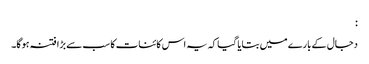
:
دجال کے بارے میں بتایا گیا کہ یہ اس کائنات کا سب سے بڑا فتنہ ہوگا۔